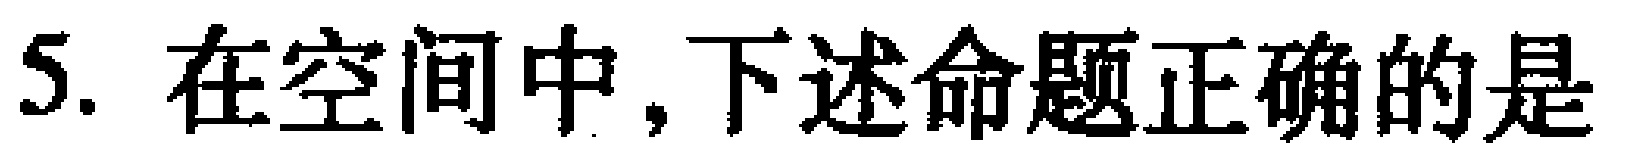
5. 在空间中,下述命题正确的是